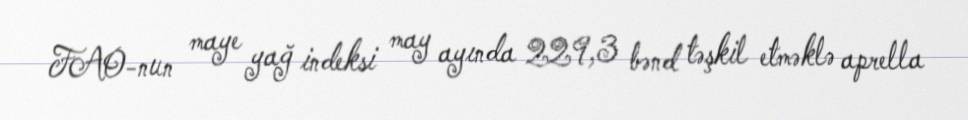
FAO-nun maye yağ indeksi may ayında 229,3 bənd təşkil etməklə aprella